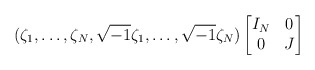
\begin{align*}(\zeta_1,\ldots, \zeta_N, \sqrt{-1}\zeta_1,\ldots, \sqrt{-1}\zeta_N)\begin{bmatrix}I_N & 0\\0 & J\end{bmatrix}\end{align*}